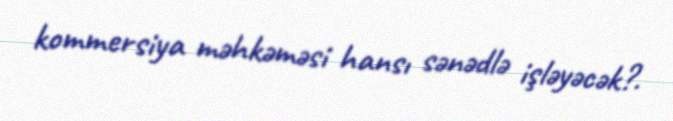
kommersiya məhkəməsi hansı sənədlə işləyəcək?.